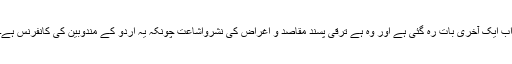
اب ایک آخری بات رہ گئی ہے اور وہ ہے ترقی پسند مقاصد و اغراض کی نشرواشاعت چونکہ یہ اردو کے مندوبین کی کانفرنس ہے۔